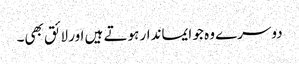
دوسرے وہ جو ایماندار ہوتے ہیں اور لائق بھی۔